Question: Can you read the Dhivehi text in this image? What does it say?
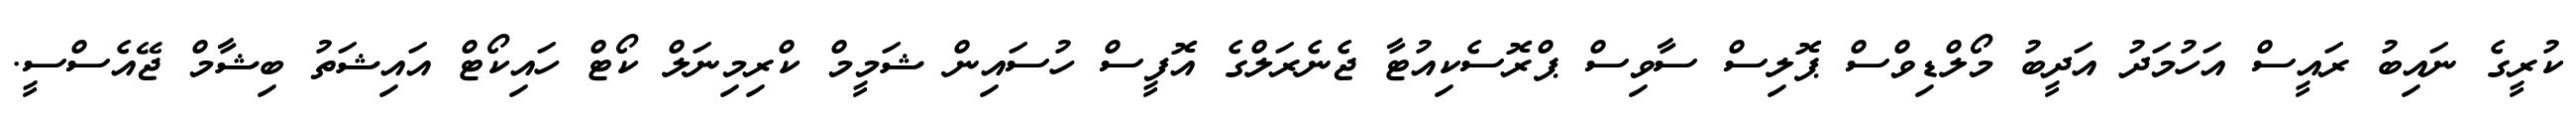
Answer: ކުރީގެ ނައިބު ރައީސް އަހުމަދު އަދީބު މޯލްޑިވްސް ޕޮލިސް ސާވިސް ޕްރޮސެކިއުޓާ ޖެނެރަލްގެ އޮފީސް ހުސައިން ޝަމީމް ކްރިމިނަލް ކޯޓް ހައިކޯޓް އައިޝަތު ބިޝާމް ޖޭއެސްސީ.